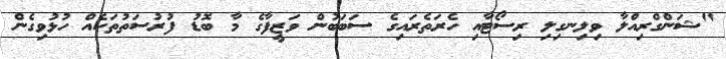
"ޝަންގްރިއްލާ ވިލިނގިލި ރިސޯޓާއި ހެރަތެރައިގެ ސަބަބުން ވަޒީފާގެ މާ ބޮޑު ފުރުސަތުތަކެއް ހުޅުވިގެން